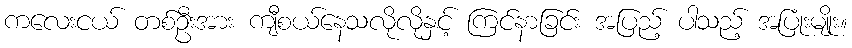
ကလေးငယ် တစ်ဦးအား ကျီစယ်နေသလိုလိုနှင့် ကြင်နာခြင်း အပြည့် ပါသည့် အပြုံးမျိုး။